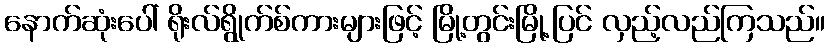
နောက်ဆုံးပေါ် ရိုးလ်ရွိုက်စ်ကားများဖြင့် မြို့တွင်းမြို့ပြင် လှည့်လည်ကြသည်။